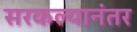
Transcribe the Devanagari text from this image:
सरकल्यानंतर